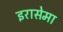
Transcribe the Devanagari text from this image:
इरासेमा